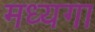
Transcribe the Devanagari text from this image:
मध्यगा